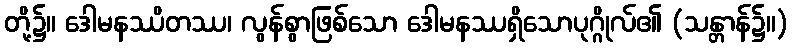
တို့၌။ ဒေါမနဿိတဿ၊ လွန်စွာဖြစ်သော ဒေါမနဿရှိသောပုဂ္ဂိုလ်၏ (သန္တာန်၌။)